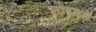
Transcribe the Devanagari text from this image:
लोंबतसे